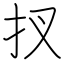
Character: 扠